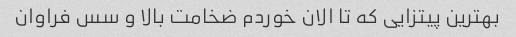
بهترین پیتزایی که تا الان خوردم ضخامت بالا و سس فراوان